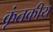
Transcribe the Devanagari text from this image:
कृंतकीय